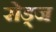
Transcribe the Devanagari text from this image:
रोड्ज